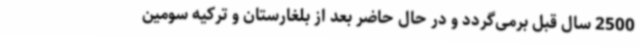
2500 سال قبل برمی‌گردد و در حال حاضر بعد از بلغارستان و ترکیه سومین